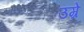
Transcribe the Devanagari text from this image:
उम्रें